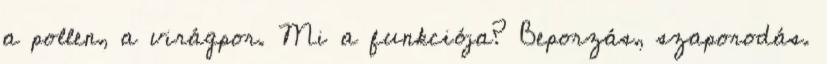
a pollen, a virágpor. Mi a funkciója? Beporzás, szaporodás.